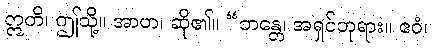
ဣတိ၊ ဤသို့။ အာဟ၊ ဆို၏။ “ဘန္တေ၊ အရှင်ဘုရား။ ဧဝံ၊